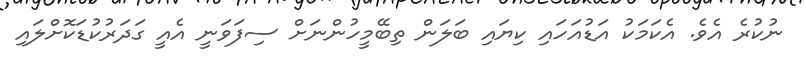
ނުކުރެ އެވެ. އެކަމަކު އަޑުއަހައި ކިޔައި ބަލަން ތިބޭމީހުންނަށް ސިފަވަނީ އެއީ ގަދަރުކުޑަކޮށްލައި